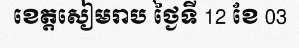
ខេត្តសៀមរាប ថ្ងៃទី 12 ខែ 03